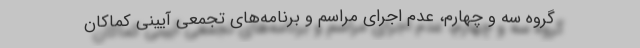
گروه سه و چهارم، عدم اجرای مراسم و برنامه‌های تجمعی آیینی کماکان